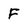
Character: F